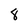
Character: 8